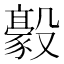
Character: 𣫛